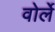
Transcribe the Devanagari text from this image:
वोर्ले